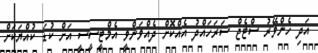
އަދި ހެންވޭރު ސްޓެޖް ސަރަހައްދު އެއްކޮށް ދެއްވަންވީ އެމްޓީސީސީ އަށް ކުޑަ ކުއްޔަކަށް